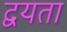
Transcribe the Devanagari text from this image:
द्वयता